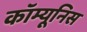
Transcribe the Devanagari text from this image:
कॉम्यूनिस